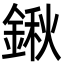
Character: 鍬